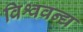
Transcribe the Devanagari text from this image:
विश्ववन्द्य